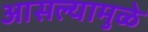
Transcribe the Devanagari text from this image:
आसल्‍यामुळे